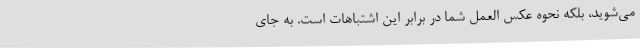
می‌شوید، بلکه نحوه عکس العمل شما در برابر این اشتباهات است. به جای